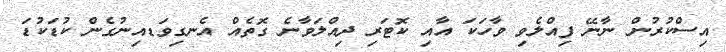
އިސްކުރުން ނާނޭ ފިއްލެވި ވާހަކަ އާއި ކޮޓަރި ދިއްލަވާނެ ގޮތެއް އެނގިވަޑއިނުގެން ކުޑަކުޑަ